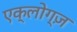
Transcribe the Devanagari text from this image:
एक्लोग्ज़